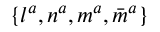
\{ l ^ { a } , n ^ { a } , m ^ { a } , { \bar { m } } ^ { a } \}